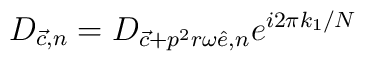
D_{{\vec c},n} = D_{{\vec c}+p^{2}r\omega{\hat e},n}e^{i2\pi k_{1}/N}